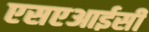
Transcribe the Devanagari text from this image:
एसएआईसी